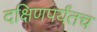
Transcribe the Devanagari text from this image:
दक्षिणपर्यंतच